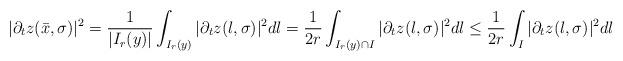
LaTeX: \begin{align*}|\partial_{t}z(\bar{x},\sigma)|^{2}=\frac{1}{|I_{r}(y)|}\int_{I_{r}(y)}|\partial_{t}z(l,\sigma)|^{2}dl= \frac{1}{2r}\int_{I_{r}(y)\cap I}|\partial_{t}z(l,\sigma)|^{2}dl \leq \frac{1}{2r}\int_{ I}|\partial_{t}z(l,\sigma)|^{2}dl\end{align*}